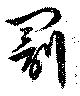
罰